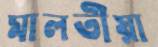
মালতীয়া